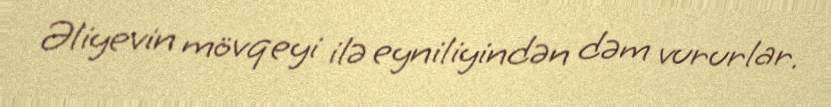
Əliyevin mövqeyi ilə eyniliyindən dəm vururlar.